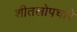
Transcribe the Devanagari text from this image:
शीतलोपचारे